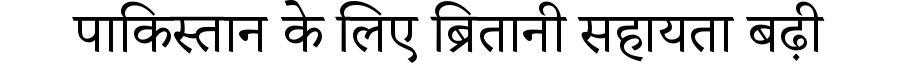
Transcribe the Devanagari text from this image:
पाकिस्तान के लिए ब्रितानी सहायता बढ़ी